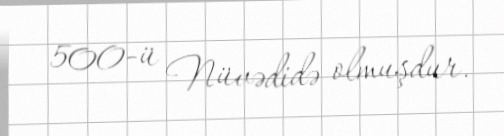
500-ü Nüvədidə olmuşdur.